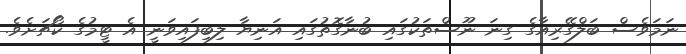
ނަމަވެސް ބަލްގޭރިއާގެ ގިނަ ނޫސްތަކުގައި ބުނާގޮތުގައި އަނިޔާ ލިބިފައިވަނީ އެ ޓީމުގެ ކޯޗަށެވެ.